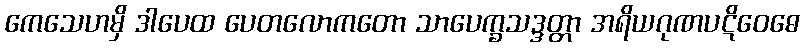
ကေသေဟမှိ ဒါပေထ ပေတလောကတော သာပေက္ခသဒ္ဒတ္တာ အရိယဂုဏပဋိဝေဓေ